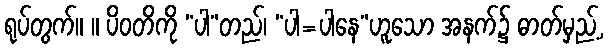
ရုပ်တွက်။ ။ ပိဝတိကို “ပါ”တည်၊ “ပါ=ပါနေ”ဟူသော အနက်၌ ဓာတ်မှည့်,